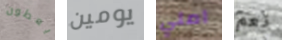
يعطون يومين املي نعم